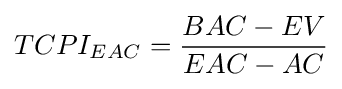
TCPI_{EAC}={BAC-EV \over EAC-AC}